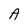
Character: A